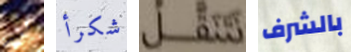
لن شكرأ نتنقل بالشرف